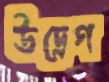
উদ্রেগ